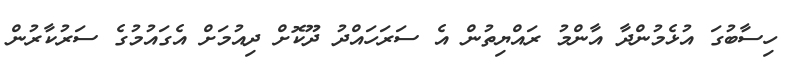
ހިސާބުގަ އުޅެމުންދާ އާންމު ރައްޔިތުން އެ ސަރަހައްދު ދޫކޮށް ދިއުމަށް އެގައުމުގެ ސަރުކާރުން